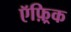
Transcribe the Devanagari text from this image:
ऍफ़्रिक